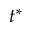
t ^ { * }